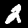
Digit: 2